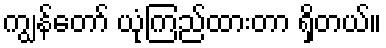
ကျွန်တော် ယုံကြည်ထားတာ ရှိတယ်။